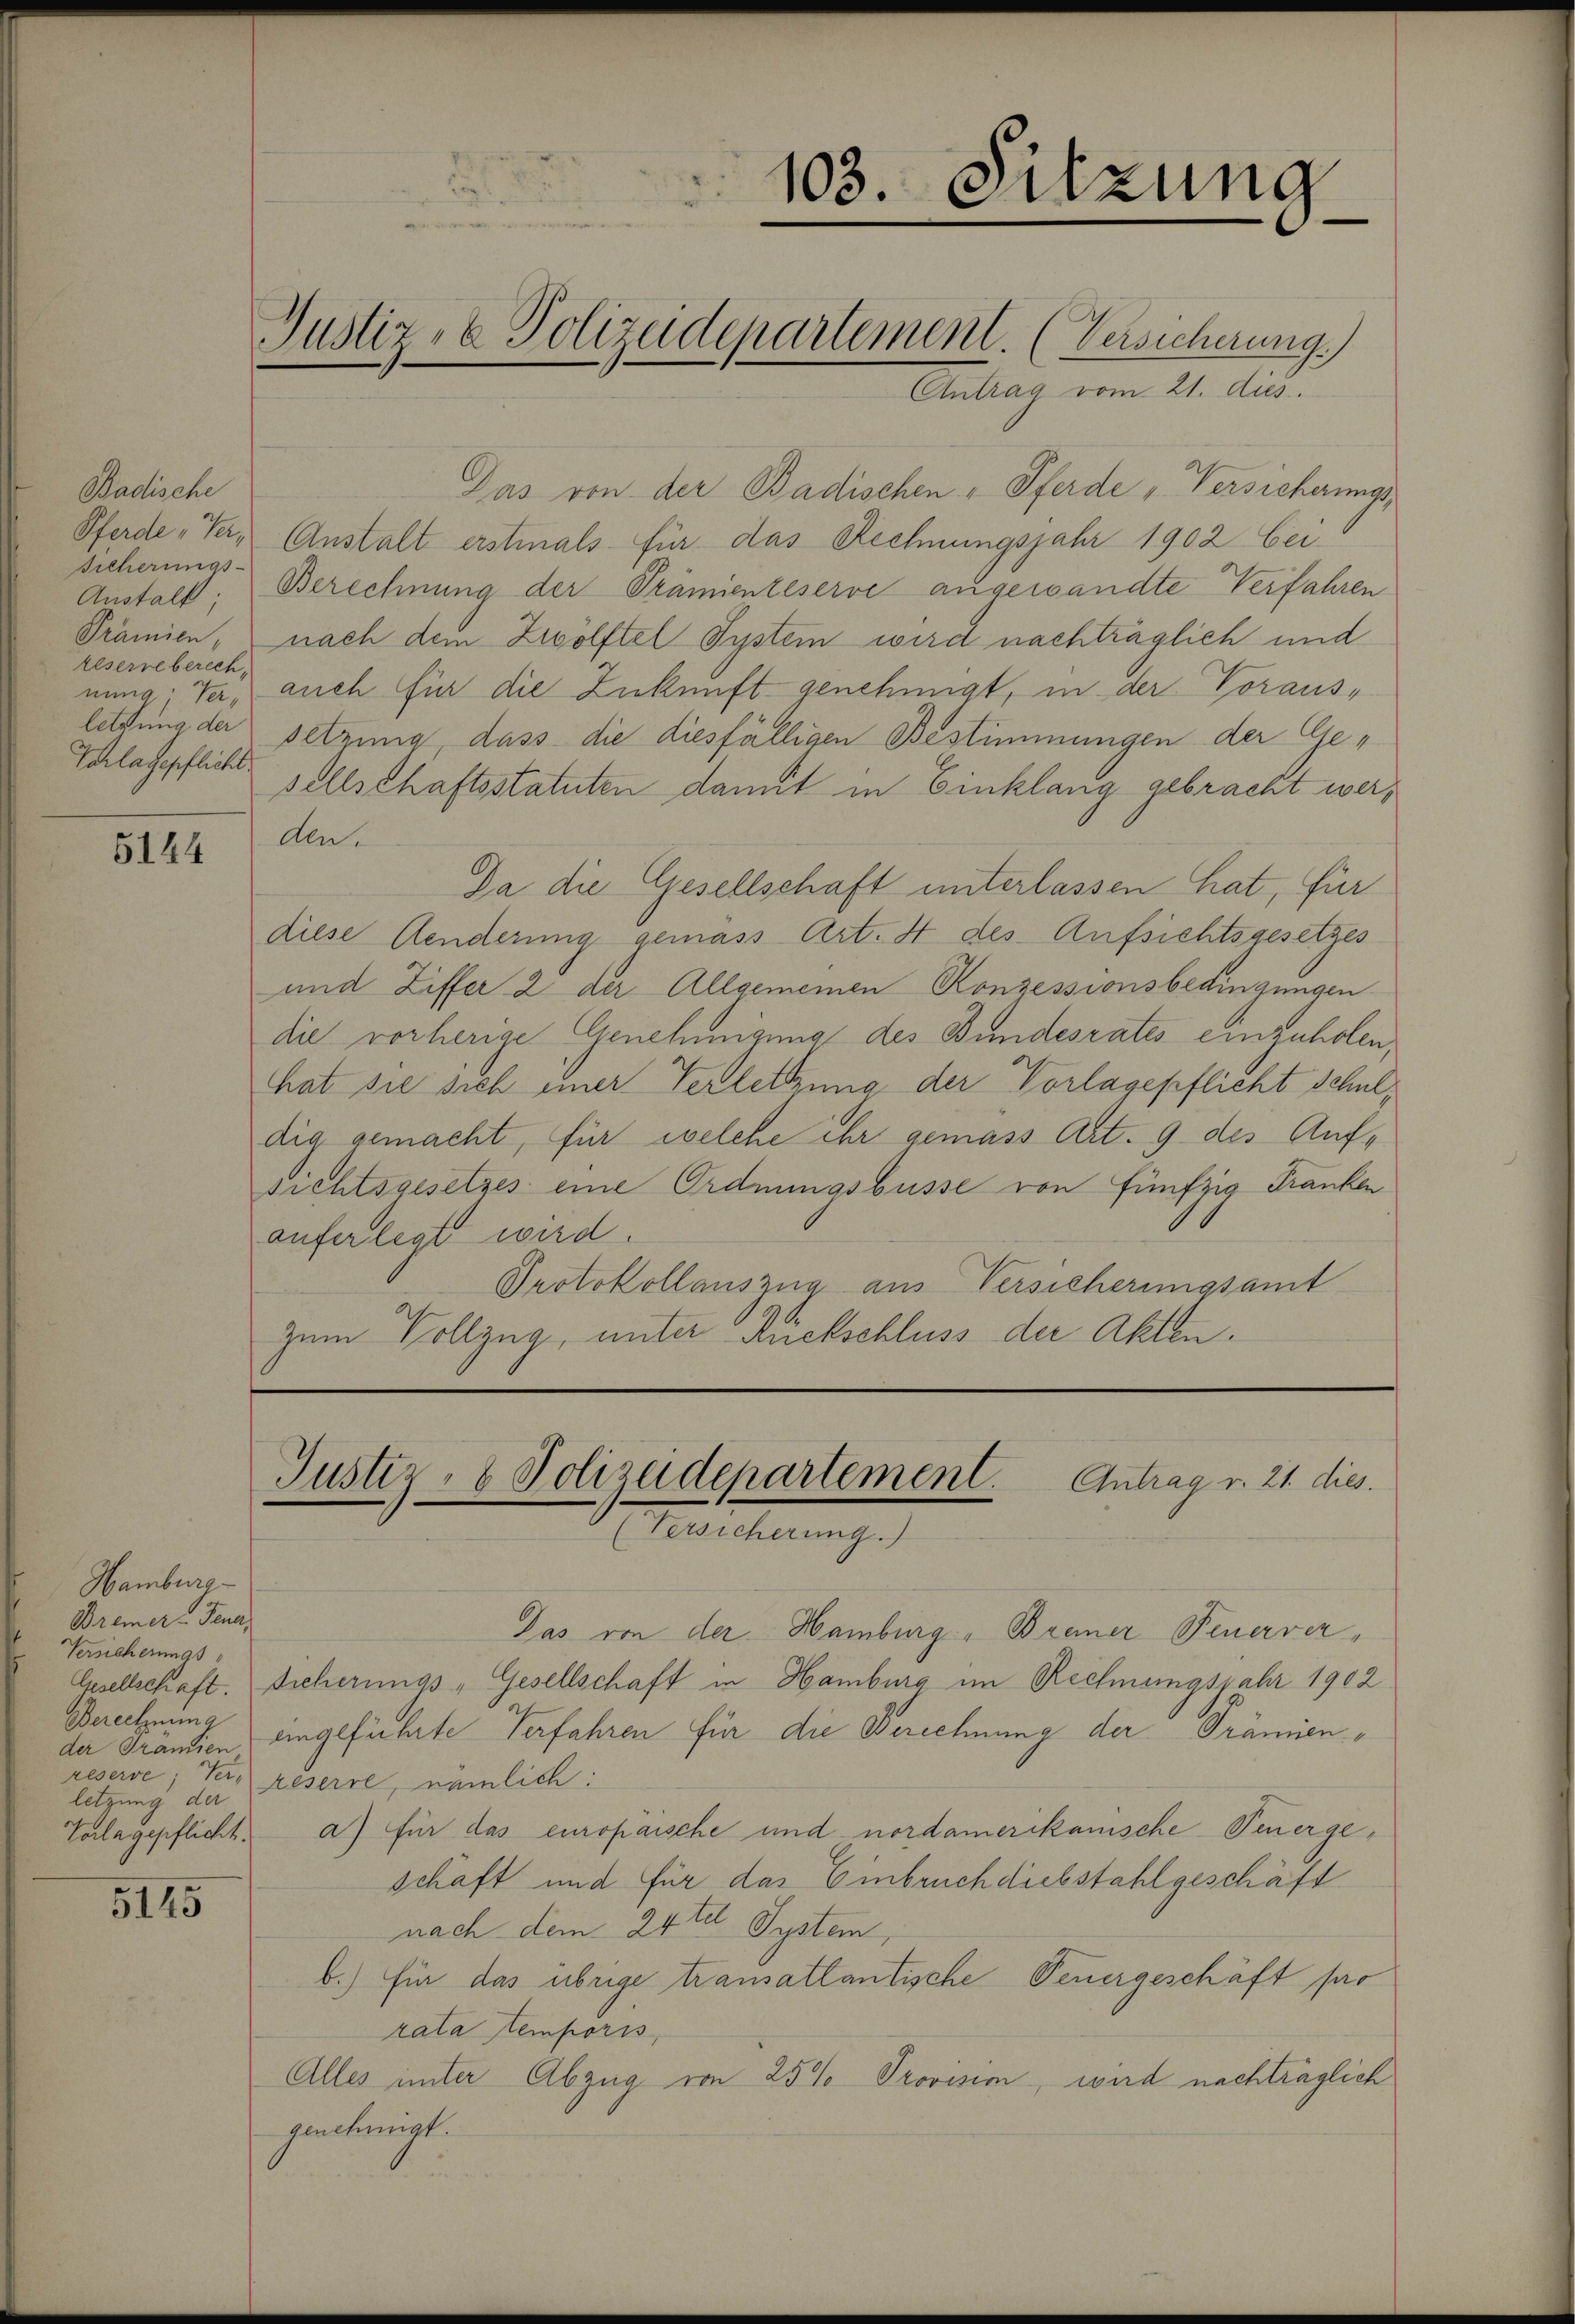
Nachsche
Pferde, Ver
Sicherungs-
Anstalt;
Prämien,
keserre berech,
nung, Verletzung der
Vorlagepflicht

5144

Hamburg
Bremer-Feuer
Versicherungs
Berechnung
letzung der
Talagepflicht.

5145

Justiz- & Polizeidepartement. (Versicherung.)

Antrag vom 21. dies
Das von der Badischen Pferde „Versicherungs
Anstalt erstmals für das Rechnungsjahr 1902 bei
Berechnung der Prämienteserve angewandte Verfahren
nach dem Zwölftel System wird nachträglich und
auch für die Zukunft genehmigt, in der Voraus-
Setzung, dass die diesfälligen Bestimmungen der Gesellschaftsstatuten damit in Einklang gebracht werden.
Da die Gesellschaft unterlassen hat, für
diese Aenderung gemäss Art. 4 des Aufsichtsgesetzes
und Ziffer 2 der Allgemeinen Konzessionsbedingungen
die vorherige Genehmigung des Bundesrates einzuholen,
hat sie sich einer Verletzung der Vorlagepflicht schuldig gemacht, für welche ihr gemäss Art. 9 des Aufsichtsgesetzes eine Ordnungsbusse von fünfzig Franken
auferlegt wird.
Protokollauszug aus Versicherungsamt
zum Vollzug, unter Rückschluss der Akten.

.
103. Sitzung

Justiz- & Polizeidepartement. Antrag v. 21. dies.
Gesicherung.)

Das von der Hamburg, Brenner Feuerver¬
Gesellschaft. Sicherungs-Gesellschaft in Hamburg im Rechnungsjahr 1902
der Grandien eingeführte Verfahren für die Berechnung der Prämienreserve, Ver- reserre, nämlich:
a) für das europaische und nordamerikanische Venergeschäft und für das Einbruch diebstahlgeschäft
nach dem 24 te System,
b.) Für das übrige transattantische Feuergeschäft pro
rata temporis
Alles unter Abzug von 25% Provisim, wird nachträglich
genehmigt.